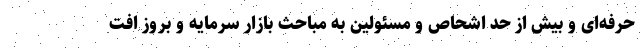
حرفه‌ای و بیش از حد اشحاص و مسئولین به مباحث بازار سرمایه و بروز افت